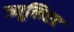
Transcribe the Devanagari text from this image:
ज्यूलिएट